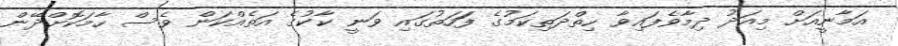
އަމާނީއަށް މިއަދު ދިމާވެފައިވާ ހިތްދަތިކަމުގެ ފަަހަތުގައި ވަނީ ކާކުގެ އަތެއްކަން ވެސް ހާމަކޮށްދޭން